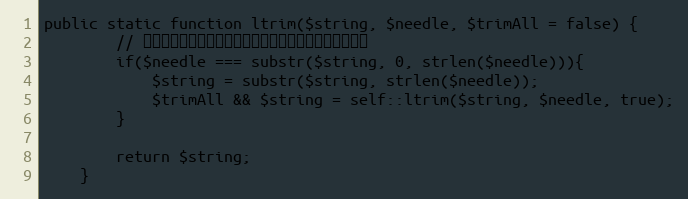
Language: PHP
public static function ltrim($string, $needle, $trimAll = false) {
		// 如果字符串左边字符串和左边要去掉的字符串一致则去掉
		if($needle === substr($string, 0, strlen($needle))){
			$string = substr($string, strlen($needle));
			$trimAll && $string = self::ltrim($string, $needle, true);
		}

		return $string;
	}